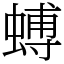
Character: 䗚